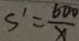
S ^ { \prime } = \frac { 6 0 0 } { x }